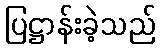
ပြဋ္ဌာန်းခဲ့သည်